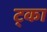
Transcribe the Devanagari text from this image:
ट्का